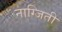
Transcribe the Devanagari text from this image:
नाग्जिती